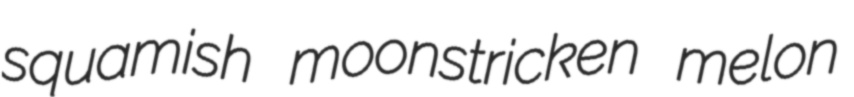
squamish moonstricken melon